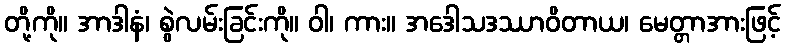
တို့ကို။ အာဒါနံ၊ စွဲလမ်းခြင်းကို။ ဝါ၊ ကား။ အဒေါသဒဿာဝိတာယ၊ မေတ္တာအားဖြင့်